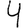
Digit: 4